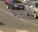
ખવાતો